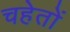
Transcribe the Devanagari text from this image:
चहेतों